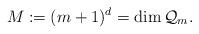
LaTeX: \begin{align*} M:= (m+1)^d = \operatorname*{dim} {\mathcal Q}_m. \end{align*}